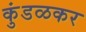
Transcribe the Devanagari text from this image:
कुंडळकर